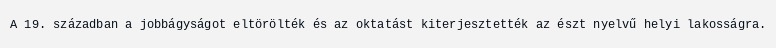
A 19. században a jobbágyságot eltörölték és az oktatást kiterjesztették az észt nyelvű helyi lakosságra.